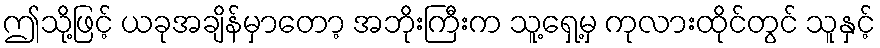
ဤသို့ဖြင့် ယခုအချိန်မှာတော့ အဘိုးကြီးက သူ့ရှေ့မှ ကုလားထိုင်တွင် သူနှင့်